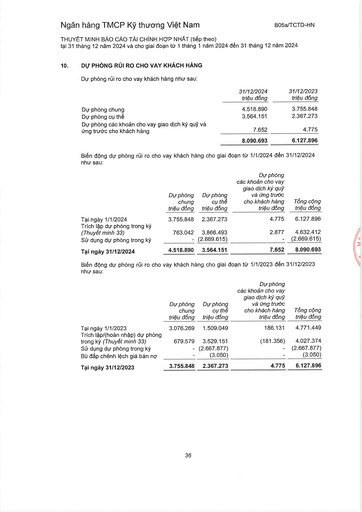
||31/12/2024 triệu đồng|31/12/2023 triệu đồng| |---|---|---| |Dự phòng chung|4.518.890|3.755.848| |Dự phòng cụ thể|3.564.151|2.367.273| |Dự phòng các khoản cho vay giao dịch ký quỹ và ứng trước cho khách hàng|7.652|4.775| ||8.090.693|6.127.896| ||Dự phòng chung triệu đồng|Dự phòng cụ thể triệu đồng|Dự phòng các khoản cho vay giao dịch ký quỹ và ứng trước cho khách hàng triệu đồng|Tổng cộng triệu đồng| |---|---|---|---|---| |Tại ngày 1/1/2024|3.755.848|2.367.273|4.775|6.127.896| |Trích lập dự phòng trong kỳ (Thuyết minh 33)|763.042|3.866.493|2.877|4.632.412| |Sử dụng dự phòng trong kỳ|-|(2.669.615)|-|(2.669.615)| |Tại ngày 31/12/2024|4.518.890|3.564.151|7.652|8.090.693| ||Dự phòng chung triệu đồng|Dự phòng cụ thể triệu đồng|Dự phòng các khoản cho vay giao dịch ký quỹ và ứng trước cho khách hàng triệu đồng|Tổng cộng triệu đồng| |---|---|---|---|---| |Tại ngày 1/1/2023|3.076.269|1.509.049|186.131|4.771.449| |Trích lập/(hoàn nhập) dự phòng trong kỳ (Thuyết minh 33)|679.579|3.529.151|(181.356)|4.027.374| |Sử dụng dự phòng trong kỳ|-|(2.667.877)|-|(2.667.877)| |Bù đắp chênh lệch giá bán nợ|-|(3.050)|-|(3.050)| |Tại ngày 31/12/2023|3.755.848|2.367.273|4.775|6.127.896|